Report on sanitation, dispensaries, and jails in Rajputana for 1909, and on vaccination for the year 1909-1910 - 1909-1910
Year: 1909
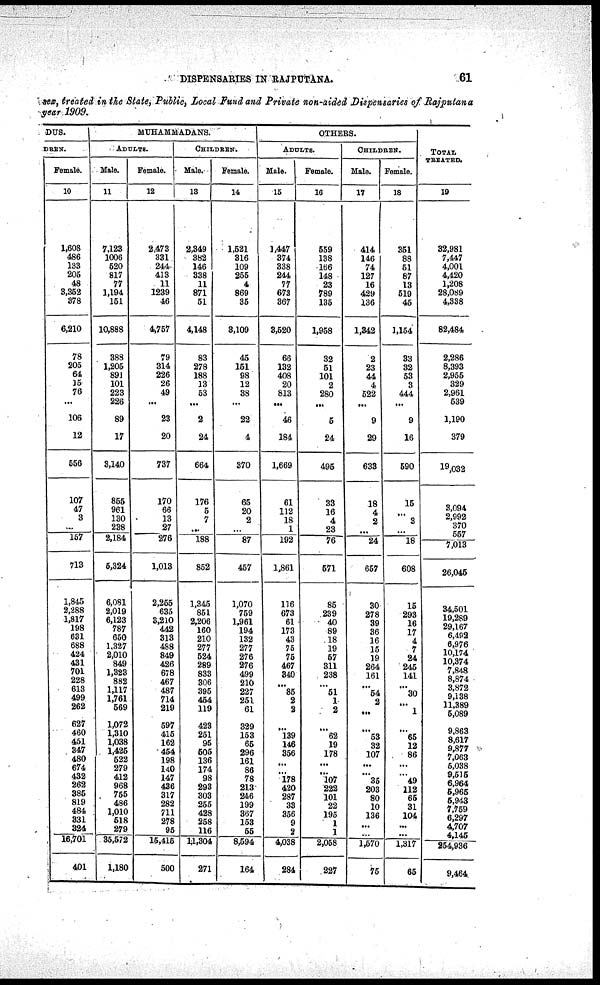
DISPENSARIES IN RAJPUTANA.
61
sex, treated in the State, Public, Local Fund and Private non-aided Dispensaries of Rajputana
year 1909.
DUS.
DREN.
Female.
10
1,608
486
133
206
48
3,352
378
6,210
78
205
64
15
76
...
106
12
556
107
47
3
...
157
713
1,845
2,288
1,817
198
631
688
424
431
701
228
613
499
262
627
460
451
347
480
674
432
262
385
819
484
331
324
16,701
401
MUHAMMADANS.
ADULTS.
Male.
11
7,123
1006
520
817
77
1,194
151
10,888
388
1,206
891
101
223
226
89
17
3,140
855
961
130
238
2,184
5,324
6,081
2,019
6,123
787
650
1,327
2,010
849
1,323
882
1,117
1,761
569
1,072
1,310
1,038
1,425
522
279
412
968
755
486
1,010
518
279
35,572
1,180
female.
12
2,473
331
244
413
11
1239
46
4,757
79
314
226
26
49
...
23
20
737
170
66
13
27
276
1,013
2,255
635
3,210
442
313
488
849
426
678
467
487
714
219
597
415
162
454
198
140
147
436
317
282
711
278
96
15,415
500
CHILDREN.
Male.
13
2,349
382
146
338
11
871
51
4,148
83
278
188
13
53
...
2
24
664
176
5
7
...
188
852
1,345
851
2,206
160
210
277
524
289
833
306
395
454
119
423
251
95
505
136
174
98
293
303
255
428
268
116
14,304
271
Female.
14
1,521
316
109
255
4
869
36
3,109
45
151
98
12
38
...
22
4
370
65
20
2
...
87
457
1,070
759
1,961
194
132
277
276
276
499
210
227
251
61
329
153
65
296
161
86
78
213
246
199
367
153
55
8,594
164
OTHERS.
ADULTS.
Male.
15
1,447
374
338
244
77
673
367
3,520
66
132
408
20
813
...
46
184
1,669
61
112
18
1
192
1,861
116
673
61
173
43
75
75
467
340
...
85
2
2
...
139
146
356
...
...
178
420
287
33
356
9
2
4,038
284
Female.
16
559
138
166
148
23
789
135
1,958
32
51
101
2
280
...
5
24
496
33
16
4
23
76
571
85
239
40
89
18
19
57
311
238
...
51
1
2
...
62
19
178
...
...
107
222
101
22
195
1
1
2,058
227
CHILDREN.
Male.
17
414
146
74
127
16
429
136
1,842
2
23
44
4
522
...
9
29
633
18
4
2
...
24
657
30
278
39
36
16
15
19
264
161
...
54
2
...
...
53
32
107
...
...
35
203
80
10
136
...
...
1,570
75
Female.
18
351
88
51
87
13
519
45
1,154
33
32
53
3
444
...
9
16
590
16
... 3
...
18
608
15
293
16
17
4
7
24
245
141
...
30
...
1
...
65
12
86
...
...
49
112
65
31
104
...
...
1,317
65
TOTAL
TREATED.
19
32,981
7,447
4,001
4,420
1,208
28,089
4,338
82,484
2,286
8,393
2,955
329
2,961
539
1,190
379
19,032
3,094
2,992
370
557
7,013
26,045
34,651
19,289
29,167
6 492
6,976
10,174
10,374
7,848
8,874
3,872
9,138
11,389
5,089
9,863
8,617
9,877
7,063
5,038
9,515
6,964
5,965
5,943
7,759
6,297
4,707
4,145
254,936
9,464